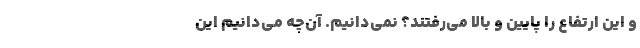
و این ارتفاع را پایین و بالا می‌رفتند؟ نمی‌دانیم. آن‌چه می‌دانیم این